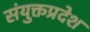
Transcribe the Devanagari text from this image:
संयुक्तप्रदेश